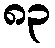
၈၃